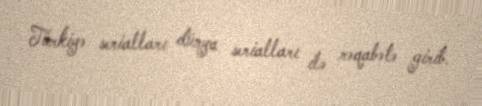
Türkiyə serialları dünya serialları ilə rəqabətə girib.